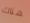
هناك